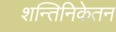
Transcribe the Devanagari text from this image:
शन्तिनिकेतन